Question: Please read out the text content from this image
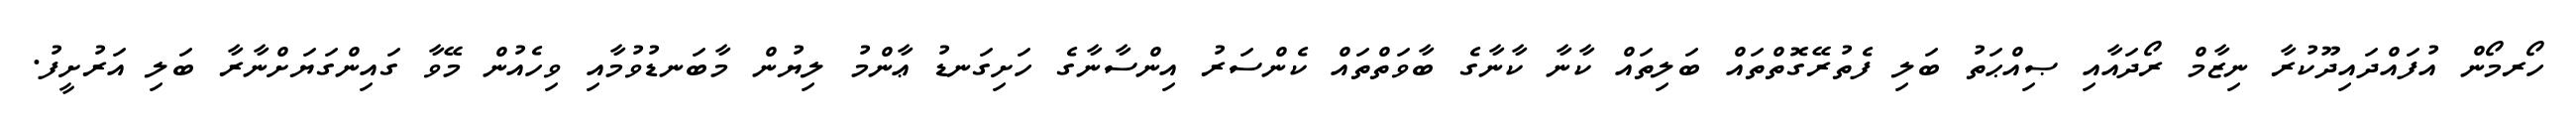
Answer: ހޯރމޯން އުފައްދައިދޫކުރާ ނިޒާމް ރޯދައާއި ޞިއްޙަތު ބަލި ފެތުރޭގޮތްތައް ބަލިތައް ކާނާ ކާނާގެ ބާވަތްތައް ކެންސަރު އިންސާނާގެ ހަށިގަނޑު ޢާންމު ލިޔުން މާބަނޑުވުމާއި ވިހެއުން މޭވާ ގައިންގަޔަށްނާރާ ބަލި އަރުށީފު.